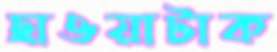
ছাওয়াটাক